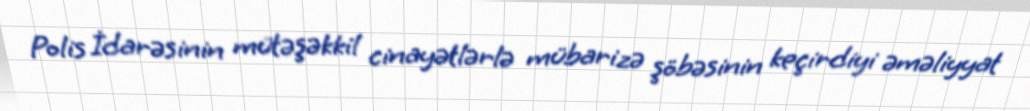
Polis İdarəsinin mütəşəkkil cinayətlərlə mübarizə şöbəsinin keçirdiyi əməliyyat